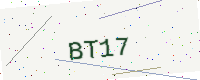
Text: BT17